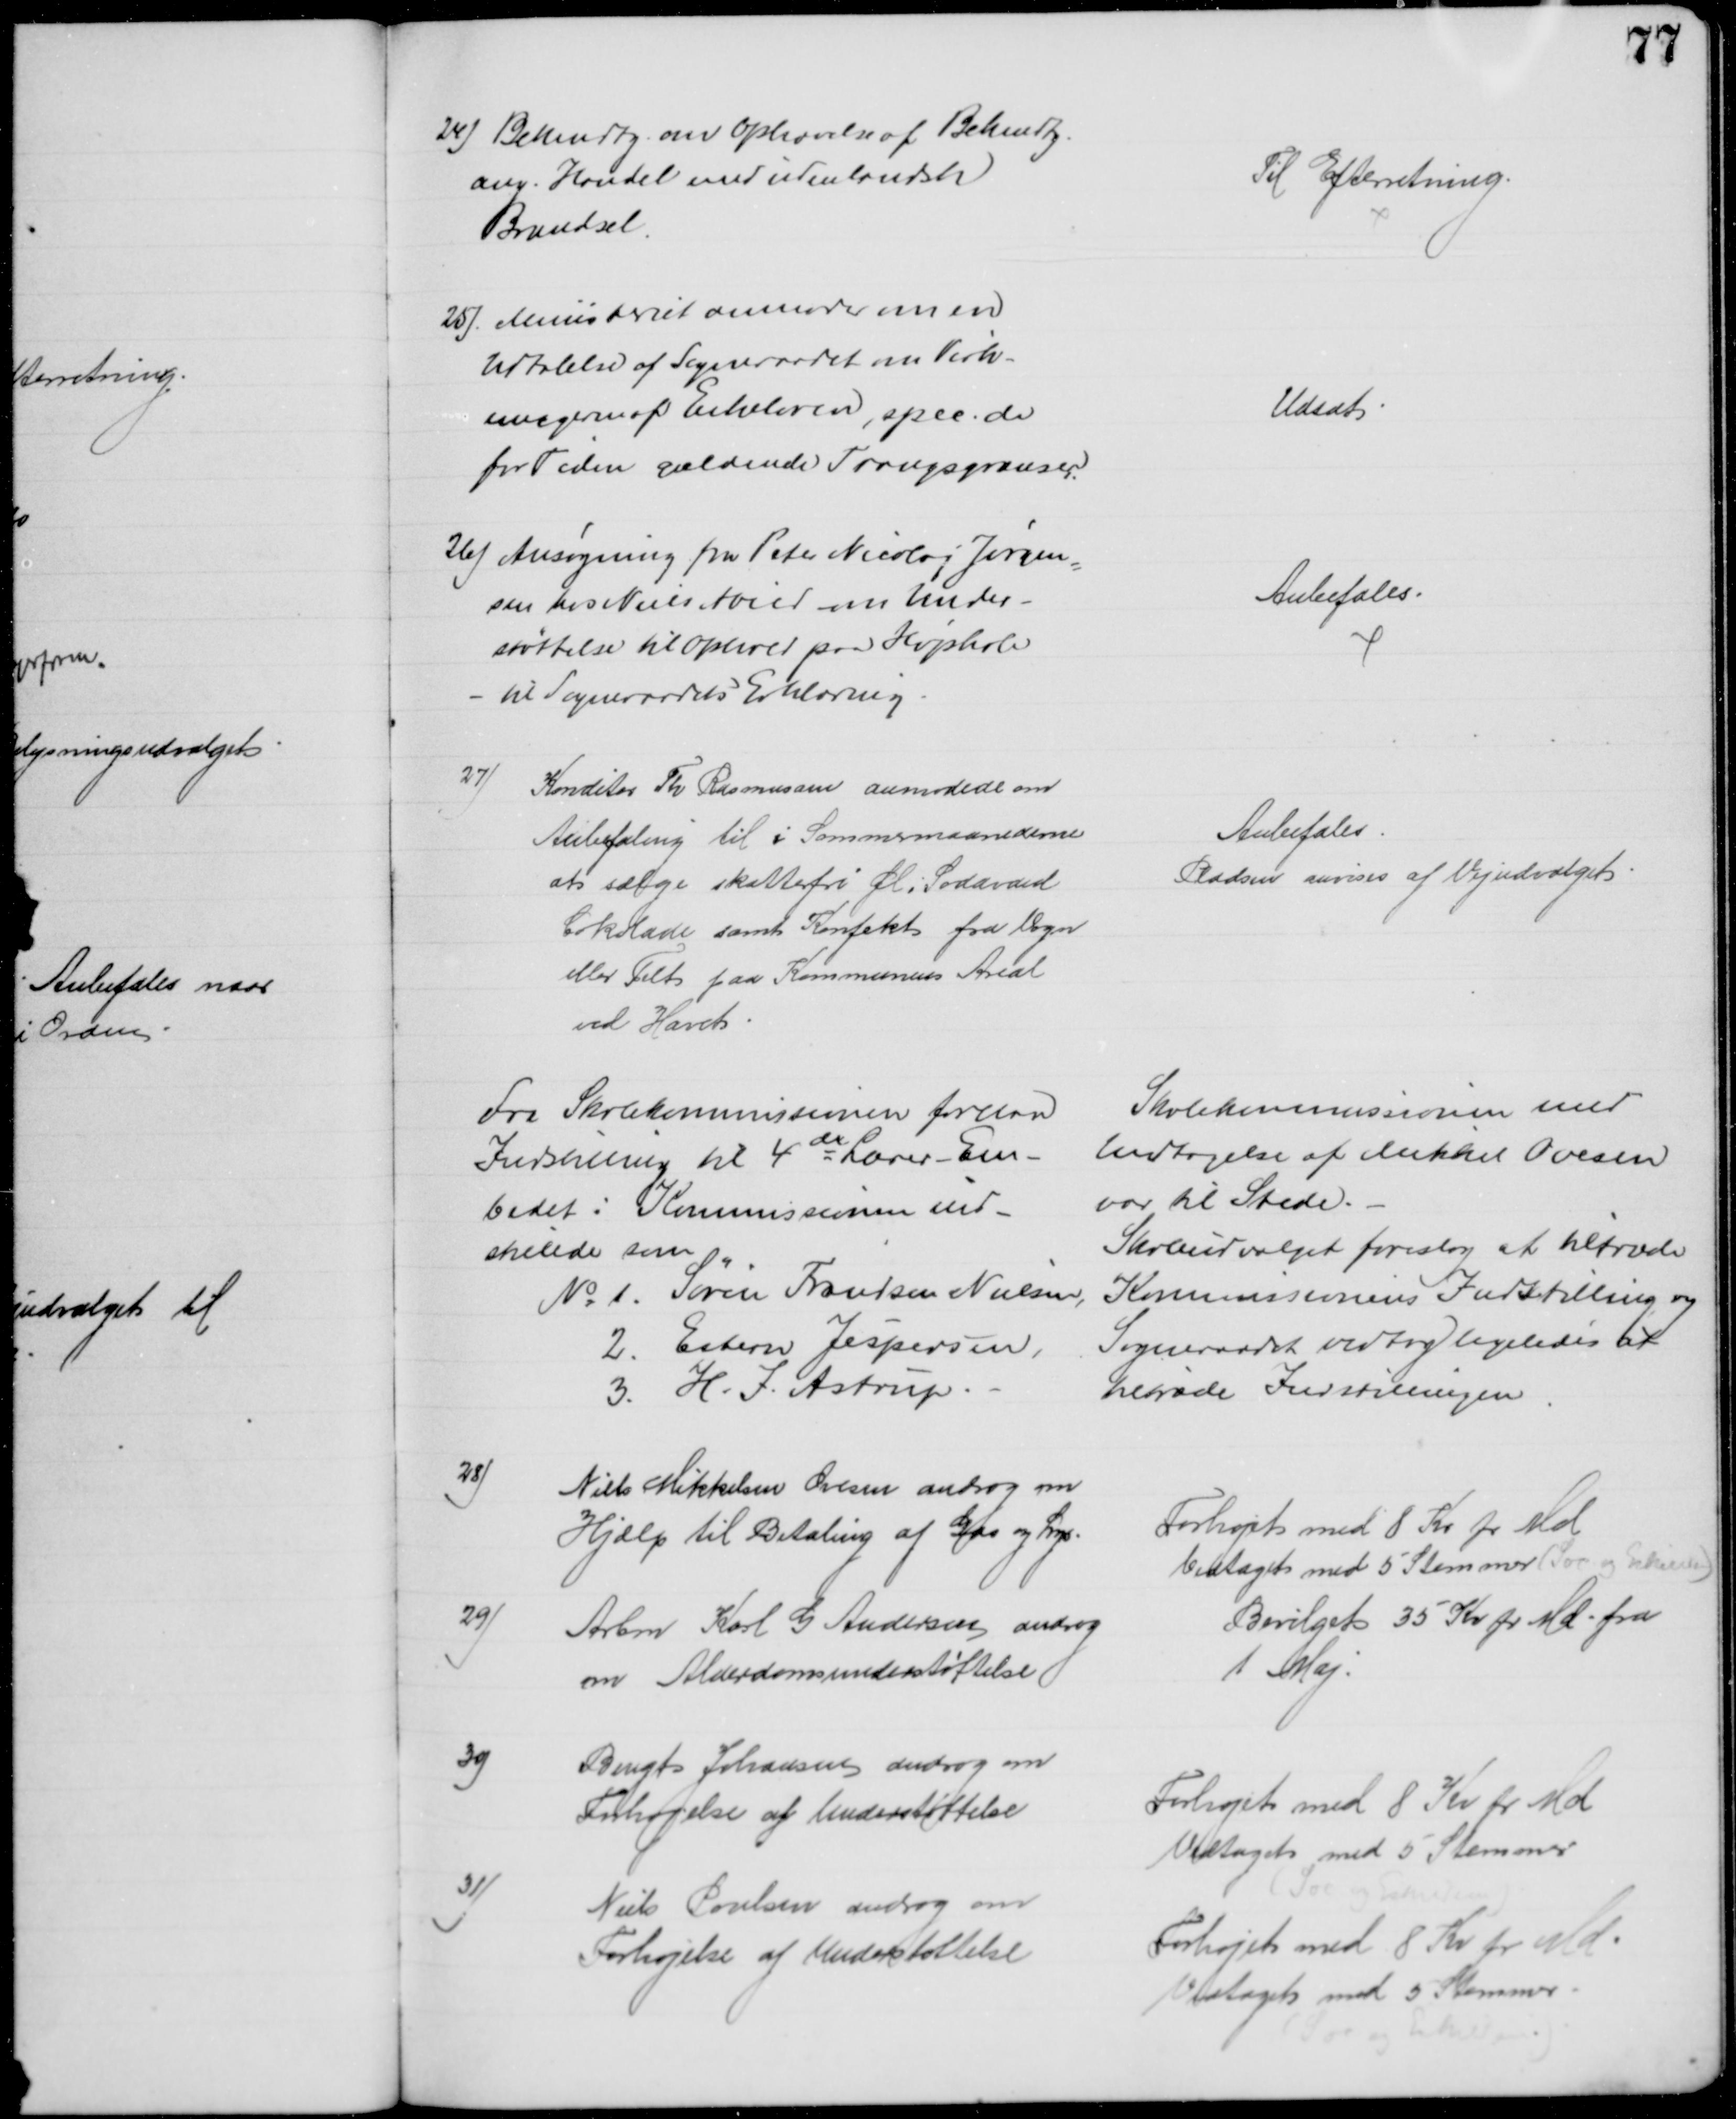
Transskription:
24) Bekendtg. om Ophævelse af Bekendtg.
ang. Handel med udenlandsk
Brændsel
Til Efterretning.
25). Ministeriet anmoder om en
Udtalelse af Sogneraadet om Virk-
ningen af Enkeloven, spec. de
for Tiden gældende Trangsgrænser
Udsat
26) Ansøgning fra Peter Nicolaj Jørgen
=
sen hos Niels Abild om Under-
støttelse til Ophold paa Højskole
til Sogneraadets Erklæring.
Anbefales.
27)
Konditor Th Rasmussen anmodede om
Anbefaling til i Sommermaanederne
at sælge skattefri Øl, Sodavand
Cokolade samt Konfekt fra Vogn
eller Telt paa Kommunens Areal
ved Havet
Anbefales
Pladsen anvises af Vejudvalget
Fra Skolekommissionen forelaa
Indstilling til 4de Lærer-Em-
bedet i Kommissionen ind-
stillede som
№ 1. Søren Frandsen Nielsen,
2. Esbern Jespersen,
3. H. J. Astrup
Skolekommissionen med
Undtagelse af Mikkel Ovesen
var til Stede.
Skoleudvalget foreslog at tiltræde
Kommissionens Indstilling og
Sogneraadet vedtog ligeledes at
tiltræde Indstillingen
28)
Niels Mikkelsen Ovesen androg om
Hjælp til Betaling af Gas og Lys.
Forhøjet med 8 Kr pr Md
Vedtaget med 5 Stemmer (Soc og Eskildsen)
29)
Arbm Karl G Andersen androg
om Alderdomsunderstøttelse
Bevilget 35 Kr pr Md. fra
1 Maj.
39)
Bengt Johansen androg om
Forhøjelse af Understøttelse
Forhøjet med 8 Kr pr Md
Vedtaget med 5 Stemmer
(Soc og Eskildsen)
31)
Niels Poulsen androg om
Forhøjelse af Understøttelse
Forhøjet med 8 Kr pr Md.
Vedtagel med 5 Stemmer.
(Soc og Eskildsen)